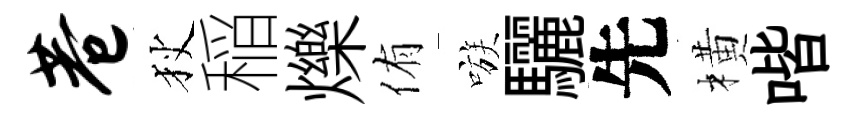
巷狄稲爍侑嗾驪先橫喈